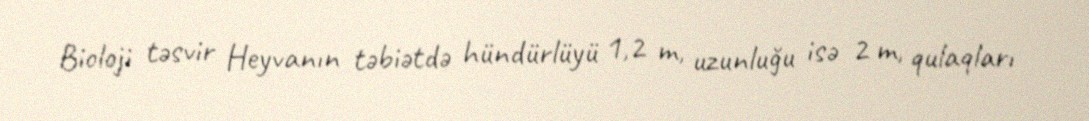
Bioloji təsvir Heyvanın təbiətdə hündürlüyü 1,2 m, uzunluğu isə 2 m, qulaqları